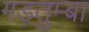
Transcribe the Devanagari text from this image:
गड़तुम्बा